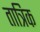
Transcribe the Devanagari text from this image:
तात्रिक